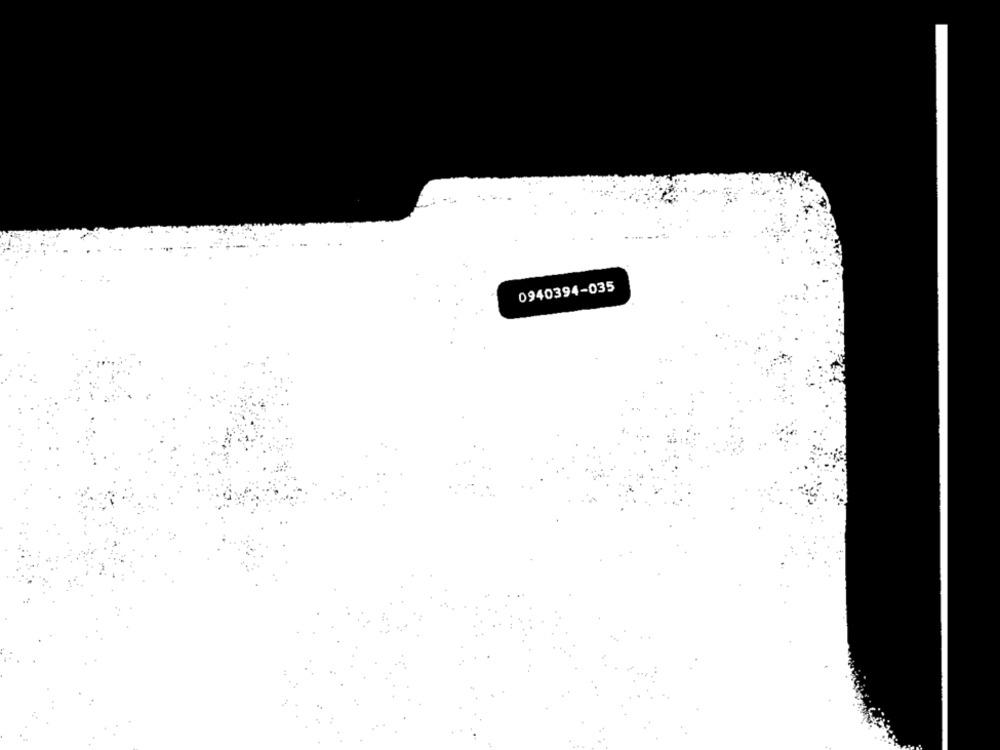
0940394-035